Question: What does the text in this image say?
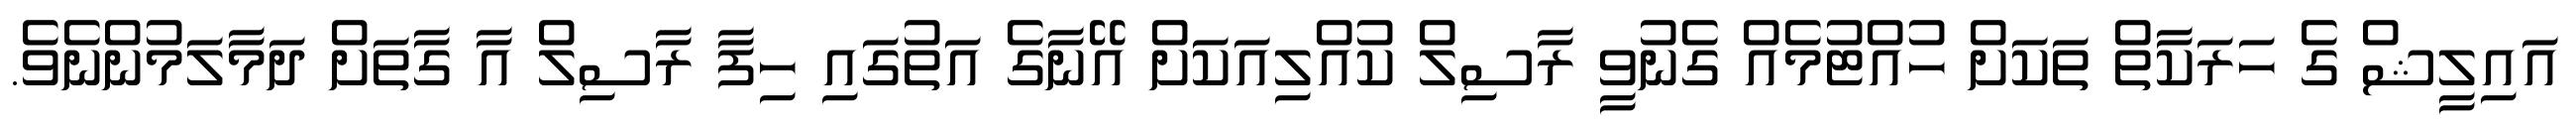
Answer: އައިލީޝް ގެ ހަރަކާތް ތަކަށް ހުއްޓުމެއް ގެނުވީ ރާސިލް ކުއްލިއަކަށް އޭނާގެ އަތުގައި ހިފާ ރާސިލް އާ ގާތަށް ދަމާލަމުންނެވެ.